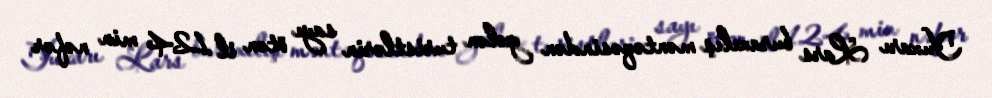
Yuxarı Lars buraxılış məntəqəsindən gələn turistlərin sayı ötən il 124 min nəfər